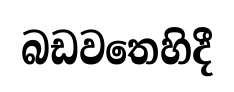
බඩවතෙහිදී